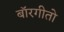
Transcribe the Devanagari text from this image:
बॉरगीतो